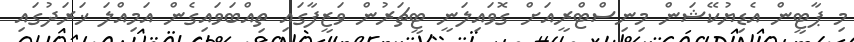
މި ޕާޓީން އެޑިޔުކޭޝަން މިނިސްޓްރީއަށް ގޮވައިލަނީ ޓީޗަރުން ވަޒީފާގައި ތިއްބަވައިގެން އަމިއްލަ ޚަރަދުގައި